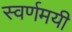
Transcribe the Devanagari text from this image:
स्‍वर्णमयी